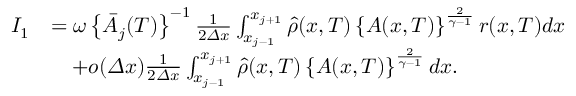
\begin{array} { r l } { I _ { 1 } } & { = \omega \left\{ \bar { A } _ { j } ( T ) \right\} ^ { - 1 } \frac 1 { 2 { \varDelta } x } \int _ { x _ { j - 1 } } ^ { x _ { j + 1 } } \hat { \rho } ( x , T ) \left\{ A ( x , T ) \right\} ^ { \frac { 2 } { \gamma - 1 } } r ( x , T ) d x } \\ & { \quad + o ( { \varDelta } x ) \frac 1 { 2 { \varDelta } x } \int _ { x _ { j - 1 } } ^ { x _ { j + 1 } } \hat { \rho } ( x , T ) \left\{ A ( x , T ) \right\} ^ { \frac { 2 } { \gamma - 1 } } d x . } \end{array}